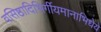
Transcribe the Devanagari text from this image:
वसिष्ठादिभिर्गीयमानाभिधेये